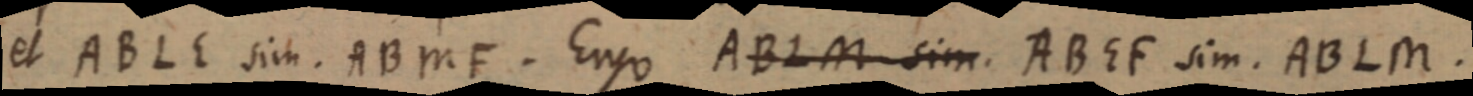
et ABLE sim. ABMF. Ergo ABLM sim. ABEF sim. ABLM.